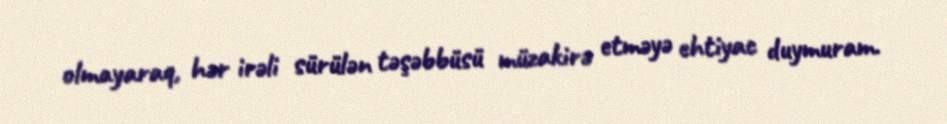
olmayaraq, hər irəli sürülən təşəbbüsü müzakirə etməyə ehtiyac duymuram.